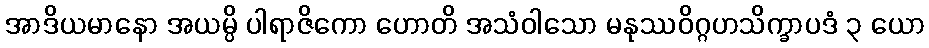
အာဒိယမာနော အယမ္ပိ ပါရာဇိကော ဟောတိ အသံဝါသော မနုဿဝိဂ္ဂဟသိက္ခာပဒံ ၃ ယော